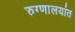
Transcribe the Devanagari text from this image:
रुग्णालयांत